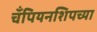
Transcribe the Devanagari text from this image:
चँपियनशिपच्या